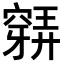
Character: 𥨋